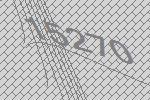
15270